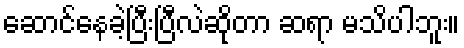
ဆောင်နေခဲ့ပြီးပြီလဲဆိုတာ ဆရာ မသိပါဘူး။